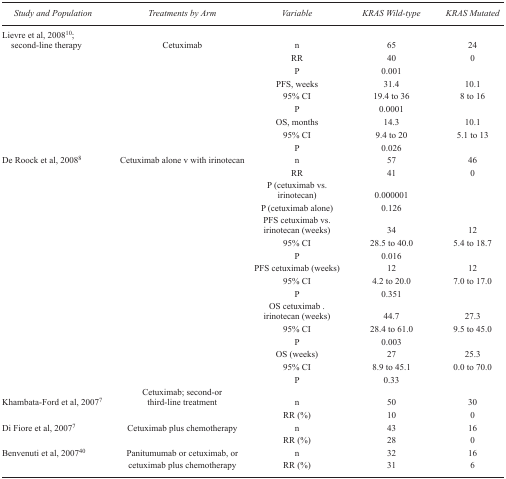
| Study and Population | Treatments by Arm | Variable | KRAS Wild-type | KRAS Mutated |
 | --- | --- | --- | --- | --- |
 | Lievre et al, 200810; second-line therapy | Cetuximab | n | 65 | 24 |
 |  |  | RR | 40 | 0 |
 |  |  | P | 0.001 |  |
 |  |  | PFS, weeks | 31.4 | 10.1 |
 |  |  | 95% CI | 19.4 to 36 | 8 to 16 |
 |  |  | P | 0.0001 |  |
 |  |  | OS, months | 14.3 | 10.1 |
 |  |  | 95% CI | 9.4 to 20 | 5.1 to 13 |
 |  |  | P | 0.026 |  |
 | De Roock et al, 20088 | Cetuximab alone v with irinotecan | n | 57 | 46 |
 |  |  | RR | 41 | 0 |
 |  |  | P (cetuximab vs. irinotecan) | 0.000001 |  |
 |  |  | P (cetuximab alone) | 0.126 |  |
 |  |  | PFS cetuximab vs. irinotecan (weeks) | 34 | 12 |
 |  |  | 95% CI | 28.5 to 40.0 | 5.4 to 18.7 |
 |  |  | P | 0.016 |  |
 |  |  | PFS cetuximab (weeks) | 12 | 12 |
 |  |  | 95% CI | 4.2 to 20.0 | 7.0 to 17.0 |
 |  |  | P | 0.351 |  |
 |  |  | OS cetuximab. irinotecan (weeks) | 44.7 | 27.3 |
 |  |  | 95% CI | 28.4 to 61.0 | 9.5 to 45.0 |
 |  |  | P | 0.003 |  |
 |  |  | OS (weeks) | 27 | 25.3 |
 |  |  | 95% CI | 8.9 to 45.1 | 0.0 to 70.0 |
 |  |  | P | 0.33 |  |
 | Khambata-Ford et al, 20077 | Cetuximab; second-or third-line treatment | n | 50 | 30 |
 |  |  | RR (%) | 10 | 0 |
 | Di Fiore et al, 20077 | Cetuximab plus chemotherapy | n | 43 | 16 |
 |  |  | RR (%) | 28 | 0 |
 | Benvenuti et al, 200740 | <ROWSPAN=2> Panitumumab or cetuximab, or cetuximab plus chemotherapy | n | 32 | 16 |
 |  | RR (%) | 31 | 6 |